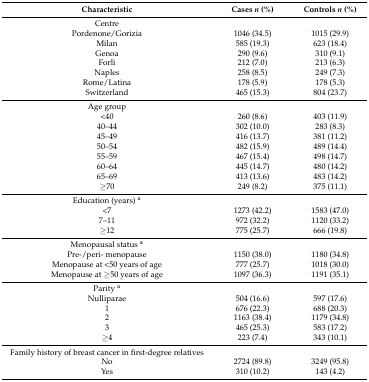
<table><thead><tr><td><b>Characteristic</b></td><td><b>Cases <i>n</i> (%)</b></td><td><b>Controls <i>n</i> (%)</b></td></tr></thead><tbody><tr><td>Centre</td><td></td><td></td></tr><tr><td>Pordenone/Gorizia</td><td>1046 (34.5)</td><td>1015 (29.9)</td></tr><tr><td>Milan</td><td>585 (19.3)</td><td>623 (18.4)</td></tr><tr><td>Genoa</td><td>290 (9.6)</td><td>310 (9.1)</td></tr><tr><td>Forlì</td><td>212 (7.0)</td><td>213 (6.3)</td></tr><tr><td>Naples</td><td>258 (8.5)</td><td>249 (7.3)</td></tr><tr><td>Rome/Latina</td><td>178 (5.9)</td><td>178 (5.3)</td></tr><tr><td>Switzerland</td><td>465 (15.3)</td><td>804 (23.7)</td></tr><tr><td>Age group</td><td></td><td></td></tr><tr><td>&lt;40</td><td>260 (8.6)</td><td>403 (11.9)</td></tr><tr><td>40–44</td><td>302 (10.0)</td><td>283 (8.3)</td></tr><tr><td>45–49</td><td>416 (13.7)</td><td>381 (11.2)</td></tr><tr><td>50–54</td><td>482 (15.9)</td><td>489 (14.4)</td></tr><tr><td>55–59</td><td>467 (15.4)</td><td>498 (14.7)</td></tr><tr><td>60–64</td><td>445 (14.7)</td><td>480 (14.2)</td></tr><tr><td>65–69</td><td>413 (13.6)</td><td>483 (14.2)</td></tr><tr><td>≥70</td><td>249 (8.2)</td><td>375 (11.1)</td></tr><tr><td>Education (years) <sup>a</sup></td><td></td><td></td></tr><tr><td>&lt;7</td><td>1273 (42.2)</td><td>1583 (47.0)</td></tr><tr><td>7–11</td><td>972 (32.2)</td><td>1120 (33.2)</td></tr><tr><td>≥12</td><td>775 (25.7)</td><td>666 (19.8)</td></tr><tr><td>Menopausal status <sup>a</sup></td><td></td><td></td></tr><tr><td>Pre-/peri- menopause</td><td>1150 (38.0)</td><td>1180 (34.8)</td></tr><tr><td>Menopause at &lt;50 years of age</td><td>777 (25.7)</td><td>1018 (30.0)</td></tr><tr><td>Menopause at ≥50 years of age</td><td>1097 (36.3)</td><td>1191 (35.1)</td></tr><tr><td>Parity <sup>a</sup></td><td></td><td></td></tr><tr><td>Nulliparae</td><td>504 (16.6)</td><td>597 (17.6)</td></tr><tr><td>1</td><td>676 (22.3)</td><td>688 (20.3)</td></tr><tr><td>2</td><td>1163 (38.4)</td><td>1179 (34.8)</td></tr><tr><td>3</td><td>465 (25.3)</td><td>583 (17.2)</td></tr><tr><td>≥4</td><td>223 (7.4)</td><td>343 (10.1)</td></tr><tr><td>Family history of breast cancer in first-degree relatives</td><td></td><td></td></tr><tr><td>No</td><td>2724 (89.8)</td><td>3249 (95.8)</td></tr><tr><td>Yes</td><td>310 (10.2)</td><td>143 (4.2)</td></tr></tbody></table>